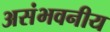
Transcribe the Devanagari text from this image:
असंभवनीय